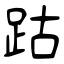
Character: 跍